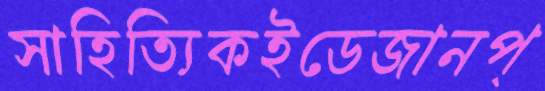
সাহিত্যিকইডেজানপ্